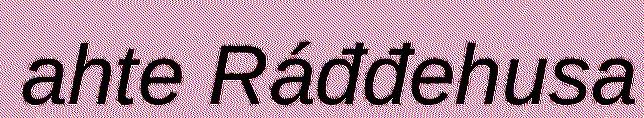
ahte Ráđđehusa